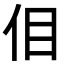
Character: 𪜮